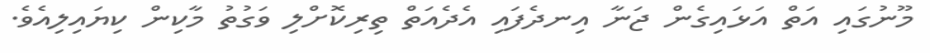
މޫނުގައި އަތް އަޅައިގެން ޖަނާ އިނދެފައި އެދެއަތް ތިރިކޮށްލި ވަގުތު މާކިން ކިޔައިލިއެވެ.